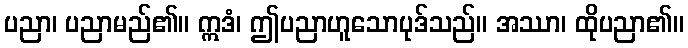
ပညာ၊ ပညာမည်၏။ ဣဒံ၊ ဤပညာဟူသောပုဒ်သည်။ အဿာ၊ ထိုပညာ၏။